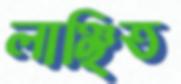
লাঞ্ছিত